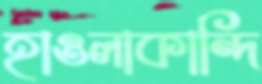
হাওলাকান্দি